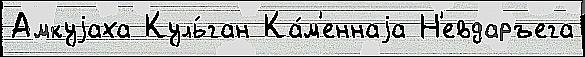
Амкуjаха Куль́ган Ка́м'еннаjа Н'евдаръега